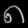
Digit: ၈